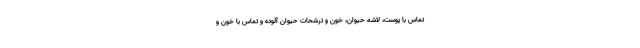
تماس با پوست، لاشه حیوان، خون و ترشحات حیوان آلوده و تماس با خون و